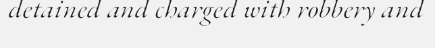
detained and charged with robbery and